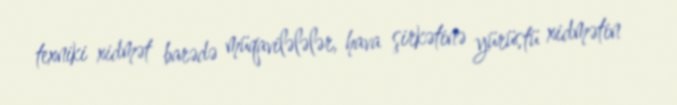
texniki xidmət barədə müqavilələlər, hava şirkətinə yürüstü xidmətin